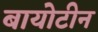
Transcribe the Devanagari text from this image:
बायोटीन